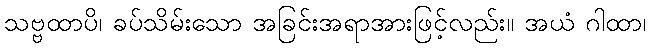
သဗ္ဗထာပိ၊ ခပ်သိမ်းသော အခြင်းအရာအားဖြင့်လည်း။ အယံ ဂါထာ၊